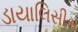
ડાયાલિસીસ